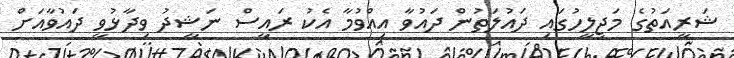
ޝަރީއަތުގެ މަޖިލީހުގައި ދައުލަތުން ދައުވާ އިއްވުމާ އެކު ރައީސް ނަޝީދު ވިދާޅުވީ ދައުވާއަށް